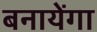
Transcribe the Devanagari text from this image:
बनायेंगा